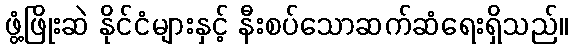
ဖွံ့ဖြိုးဆဲ နိုင်ငံများနှင့် နီးစပ်သောဆက်ဆံရေးရှိသည်။